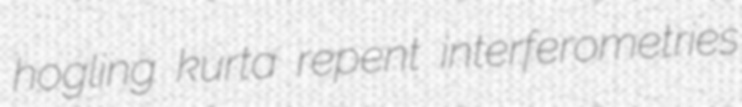
hogling kurta repent interferometries